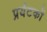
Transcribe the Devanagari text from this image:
प्रर्यटकों